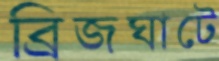
ব্রিজঘাটে